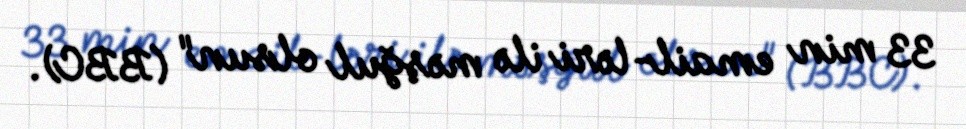
33 min email-ləri ilə məşğul olsun" (BBC).